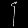
Digit: ၄